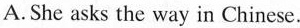
A. She asks the way in Chinese.